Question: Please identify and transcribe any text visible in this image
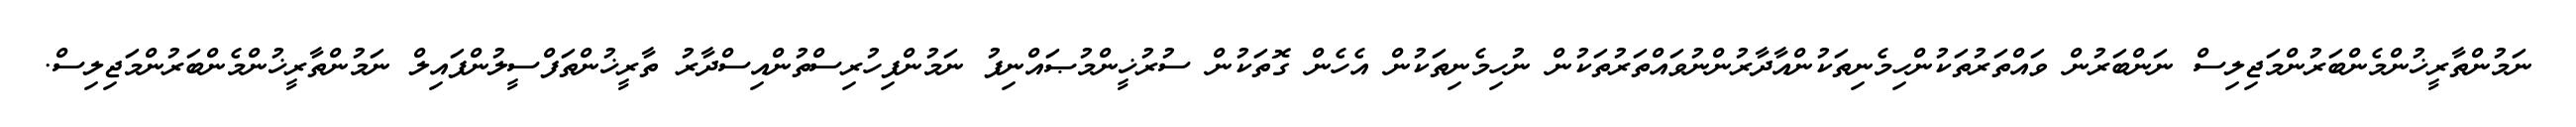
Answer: ނަމުންތާރީޚުންމެންބަރުންމަޖިލިސް ނަންބަރުން ވައްތަރުތަކުންހިމެނިތަކުންއާދާރުންނުވައްތަރުތަކުން ނުހިމެނިތަކުން އެހެން ގޮތަކުން ސުރުޚީންމުޞައްނިފު ނަމުންފިހުރިސްތުންއިސްދާރު ތާރީޚުންތަފްސީލުންފައިލް ނަމުންތާރީޚުންމެންބަރުންމަޖިލިސް.